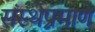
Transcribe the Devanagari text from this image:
संस्थेप्रमाणे